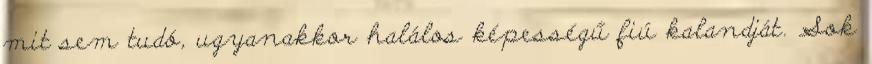
mit sem tudó, ugyanakkor halálos képességű fiú kalandját. Sok